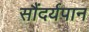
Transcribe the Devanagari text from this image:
सौंदर्यपान